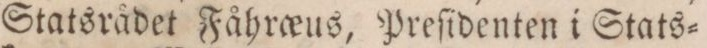
Statsrådet Fåhra_eus, Preſidenten i Stats=